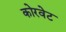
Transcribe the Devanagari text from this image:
कोरवेट